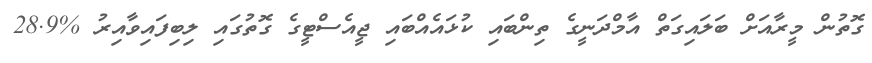
ގޮތުން މީރާއަށް ބަލައިގަތް އާމްދަނީގެ ތިންބައި ކުޅައެއްބައި ޖީއެސްޓީގެ ގޮތުގައި ލިބިފައިވާއިރު %28.9